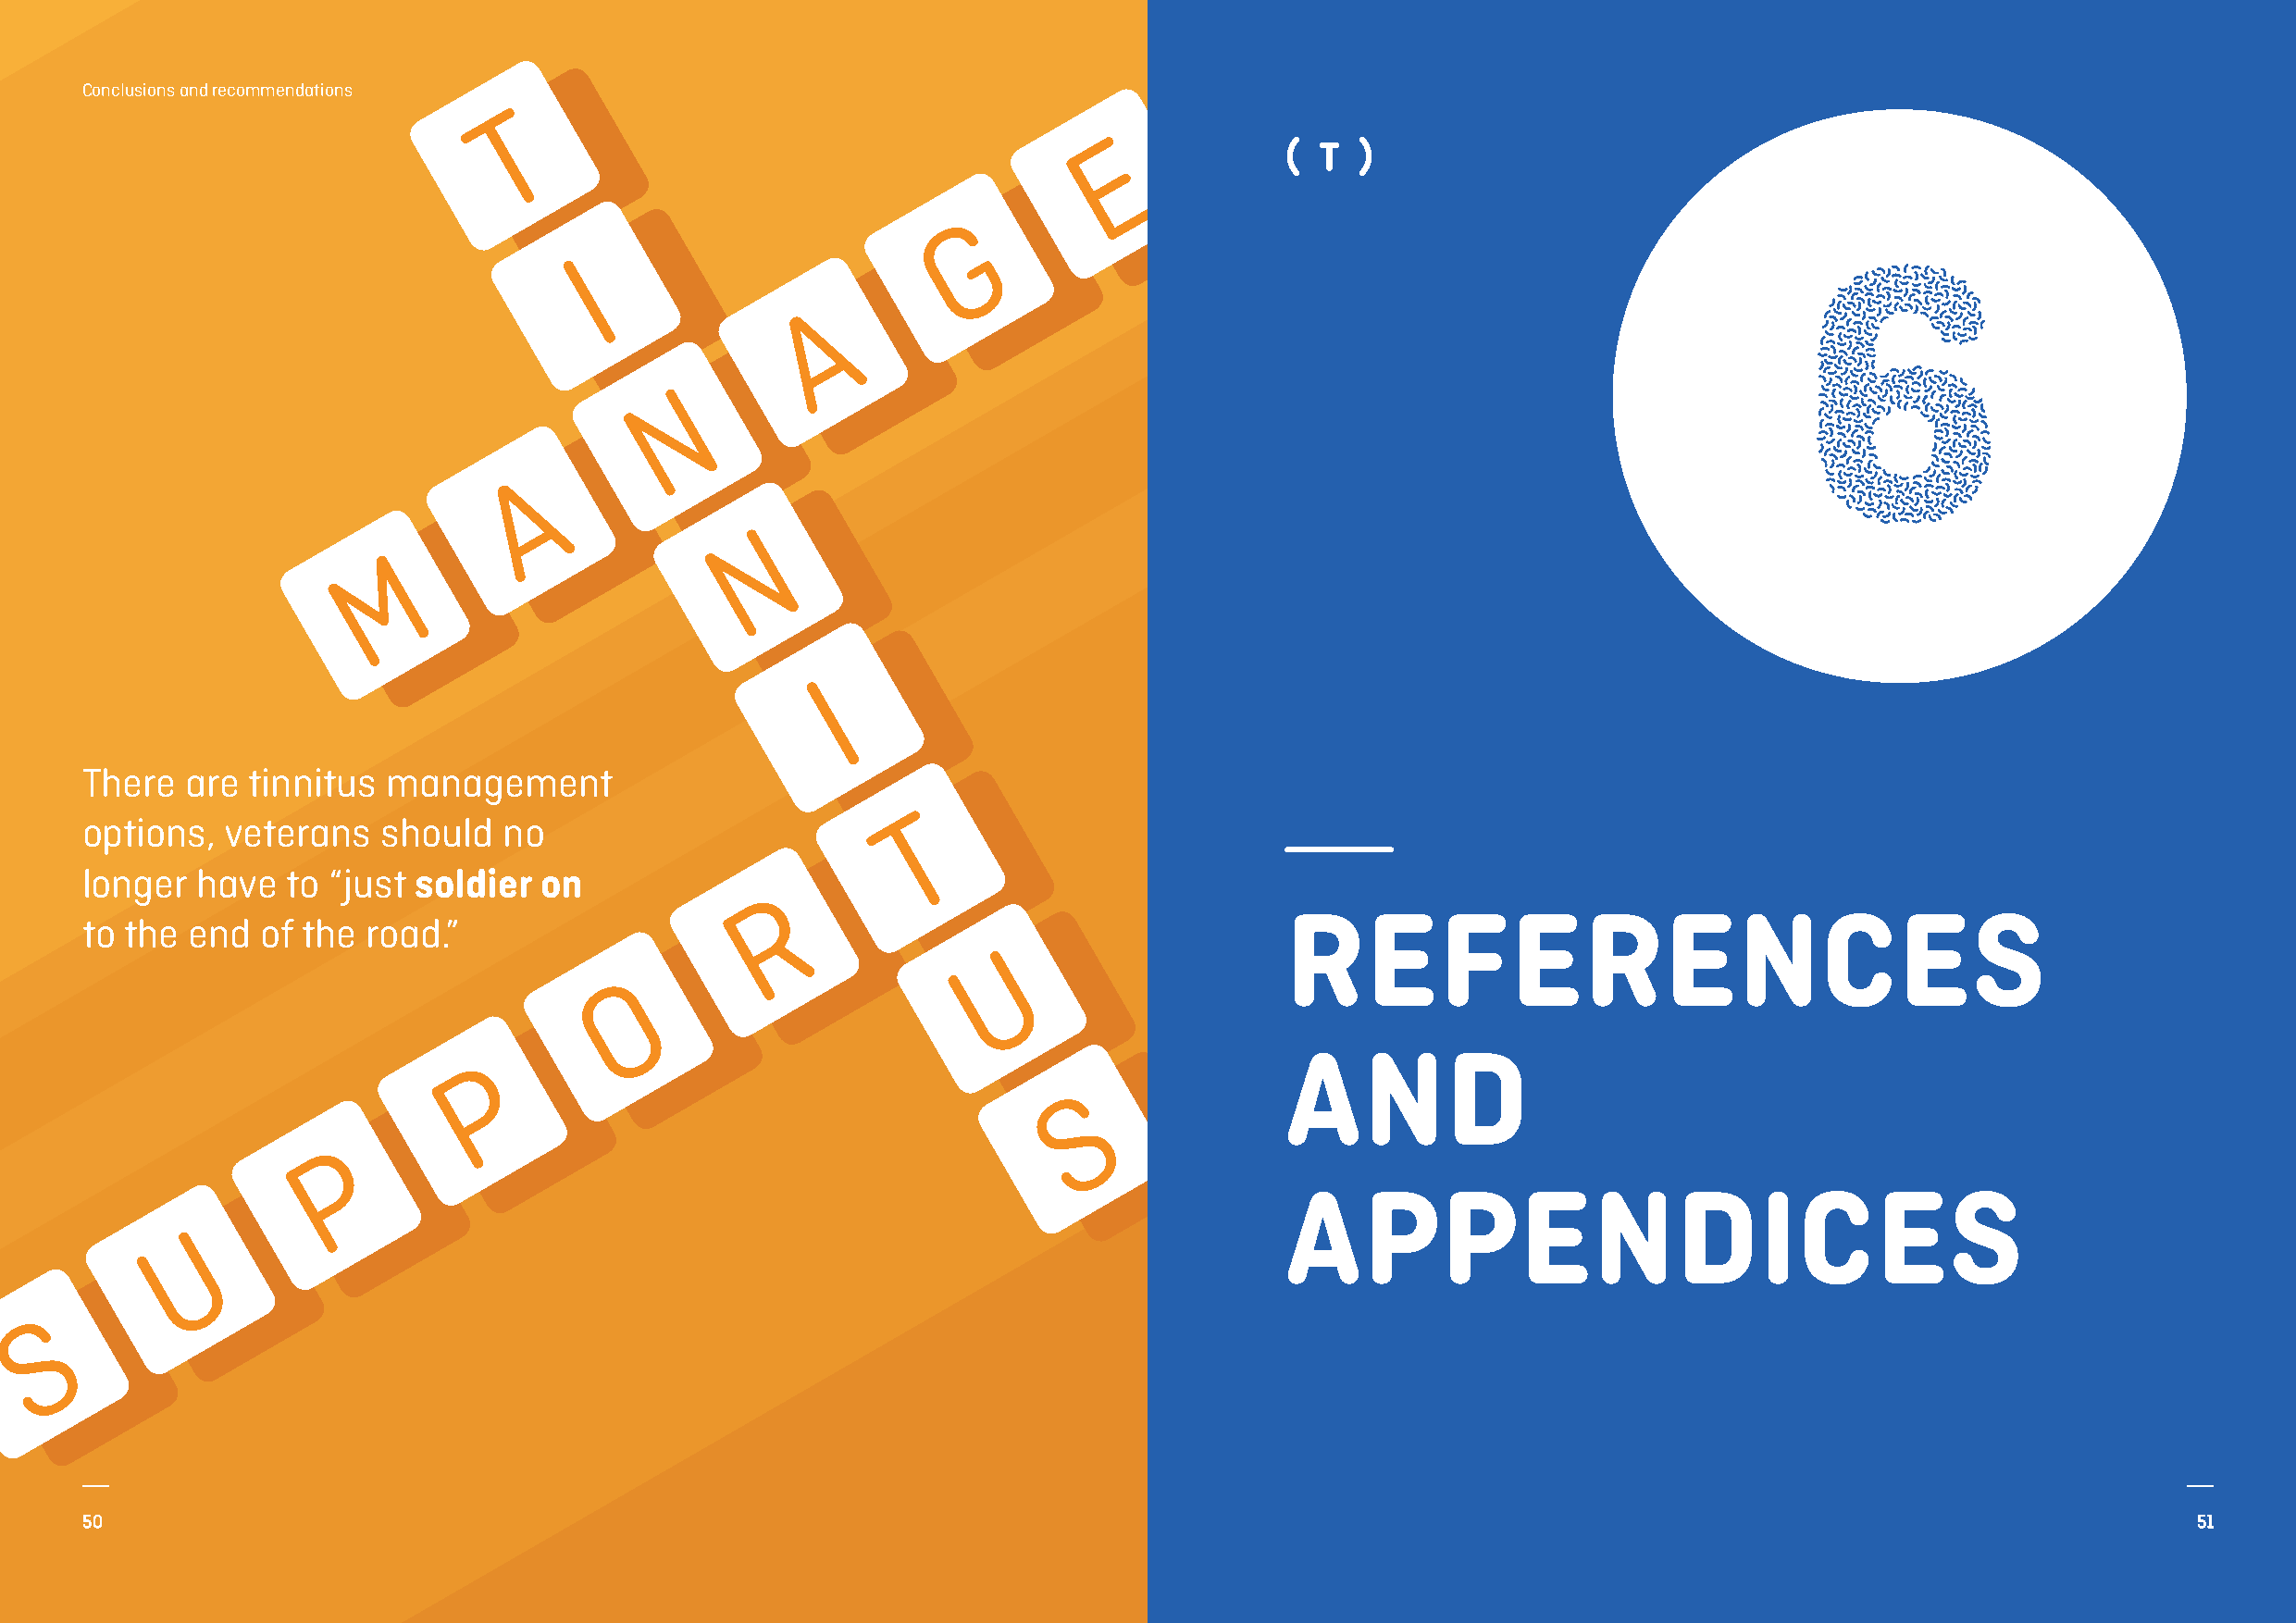
Conclusions and recommendations
 6
 There  are  tinnitus  management
 options,  veterans   should   no
 longer  have  to  “just soldier  on
 REFERENCES
 to the end   of the road.”
 AND
 APPENDICES
 50                                                                                                                                                     51